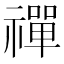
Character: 禪